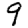
Digit: 9